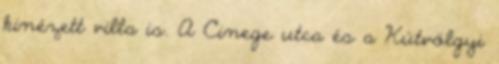
kinézett villa is. A Cinege utca és a Kútvölgyi